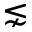
\lnsim